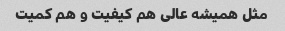
مثل همیشه عالی هم کیفیت و هم کمیت